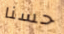
حسنا